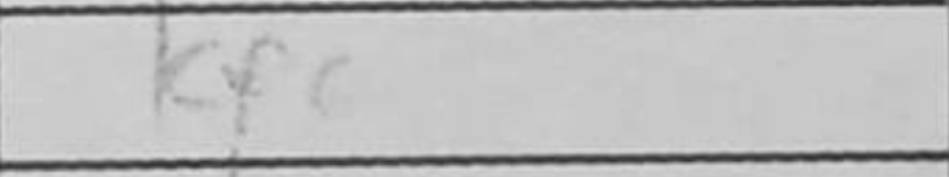
Transcription: Kf6